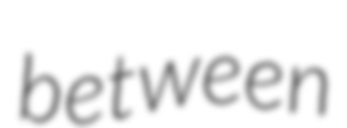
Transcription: between